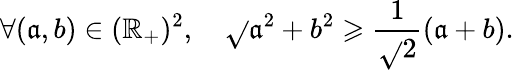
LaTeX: \forall(\mathfrak{a},b)\in(\mathbb{{R}}_{+})^{2},\quad\sqrt{}{{\mathfrak{a}^{2}+b^{2}}}\geqslant\frac{{1}}{{\sqrt{}{{2}}}}(\mathfrak{a}+b).